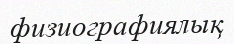
физиографиялық